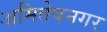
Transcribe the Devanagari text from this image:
अमितेषनगर